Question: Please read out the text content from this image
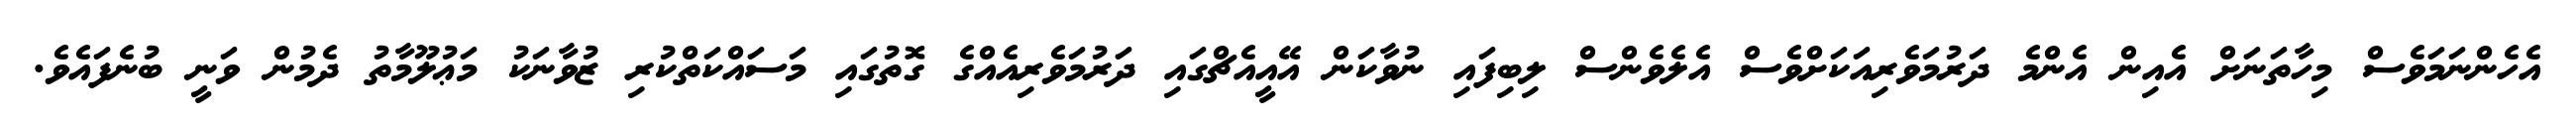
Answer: އެހެންނަމަވެސް މިހާތަނަށް އެއިން އެންމެ ދަރުމަވެރިއަކަށްވެސް އެލެވެންސް ލިބިފައި ނުވާކަން އޭއީއެޗްގައި ދަރުމަވެރިއެއްގެ ގޮތުގައި މަސައްކަތްކުރި ޒުވާނަކު މަޢުލޫމާތު ދެމުން ވަނީ ބުނެފައެވެ.